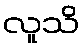
လူသိ